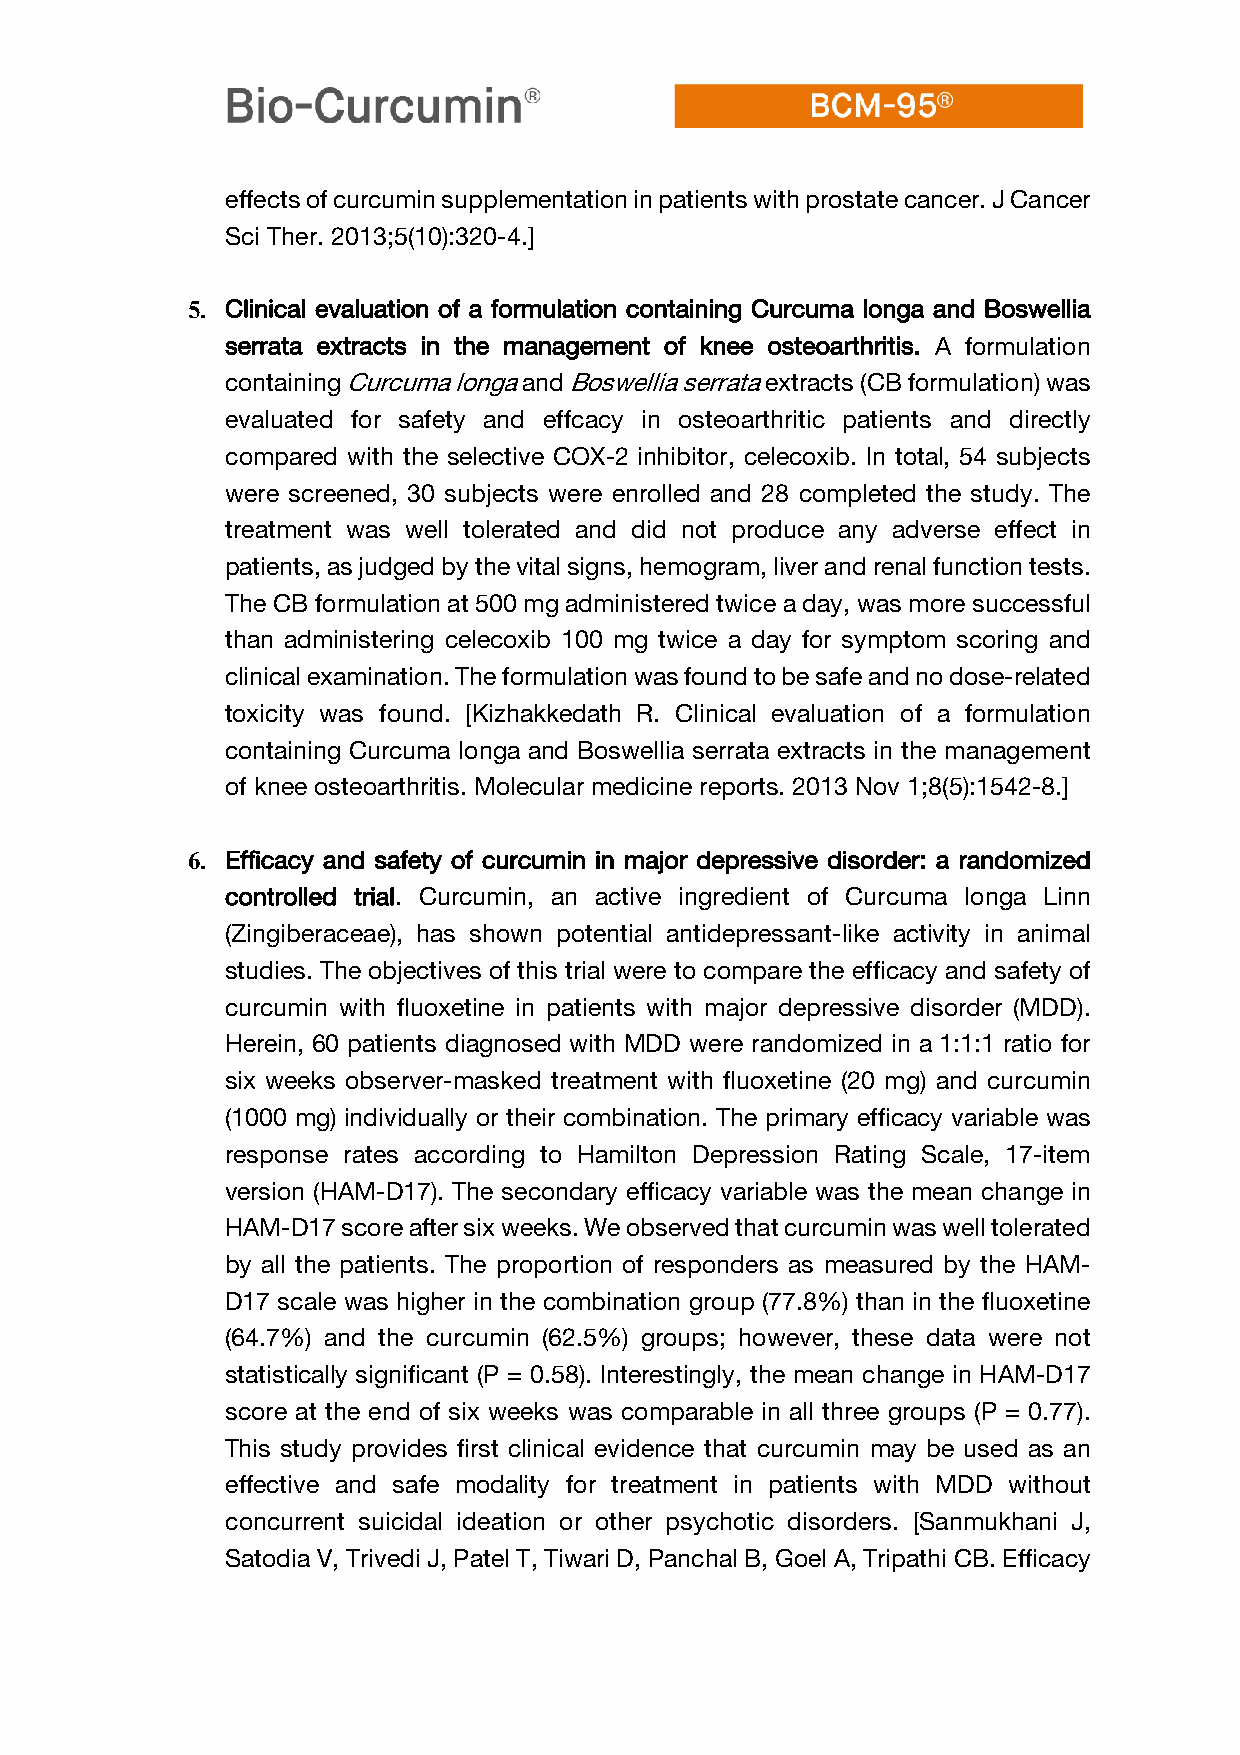
effects of curcumin supplementation in patients with prostate cancer. J Cancer
 Sci Ther. 2013;5(10):320-4.]
 5. Clinical evaluation of a formulation containing Curcuma longa and Boswellia
 serrata extracts in the management of knee osteoarthritis. A formulation
 containing Curcuma longa and Boswellia serrata extracts (CB formulation) was
 evaluated for safety and effcacy in osteoarthritic patients and directly
 compared with the selective COX-2 inhibitor, celecoxib. In total, 54 subjects
 were screened, 30 subjects were enrolled and 28 completed the study. The
 treatment was well tolerated and did not produce any adverse effect in
 patients, as judged by the vital signs, hemogram, liver and renal function tests.
 The CB formulation at 500 mg administered twice a day, was more successful
 than administering celecoxib 100 mg twice a day for symptom scoring and
 clinical examination. The formulation was found to be safe and no dose-related
 toxicity was found. [Kizhakkedath R. Clinical evaluation of a formulation
 containing Curcuma longa and Boswellia serrata extracts in the management
 of knee osteoarthritis. Molecular medicine reports. 2013 Nov 1;8(5):1542-8.]
 6. Efficacy and safety of curcumin in major depressive disorder: a randomized
 controlled trial. Curcumin, an active ingredient of Curcuma longa Linn
 (Zingiberaceae), has shown potential antidepressant-like activity in animal
 studies. The objectives of this trial were to compare the efficacy and safety of
 curcumin with fluoxetine in patients with major depressive disorder (MDD).
 Herein, 60 patients diagnosed with MDD were randomized in a 1:1:1 ratio for
 six weeks observer-masked treatment with fluoxetine (20 mg) and curcumin
 (1000 mg) individually or their combination. The primary efficacy variable was
 response rates according to Hamilton Depression Rating Scale, 17-item
 version (HAM-D17). The secondary efficacy variable was the mean change in
 HAM-D17 score after six weeks. We observed that curcumin was well tolerated
 by all the patients. The proportion of responders as measured by the HAM-
 D17 scale was higher in the combination group (77.8%) than in the fluoxetine
 (64.7%) and the curcumin (62.5%) groups; however, these data were not
 statistically significant (P = 0.58). Interestingly, the mean change in HAM-D17
 score at the end of six weeks was comparable in all three groups (P = 0.77).
 This study provides first clinical evidence that curcumin may be used as an
 effective and safe modality for treatment in patients with MDD without
 concurrent suicidal ideation or other psychotic disorders. [Sanmukhani J,
 Satodia V, Trivedi J, Patel T, Tiwari D, Panchal B, Goel A, Tripathi CB. Efficacy